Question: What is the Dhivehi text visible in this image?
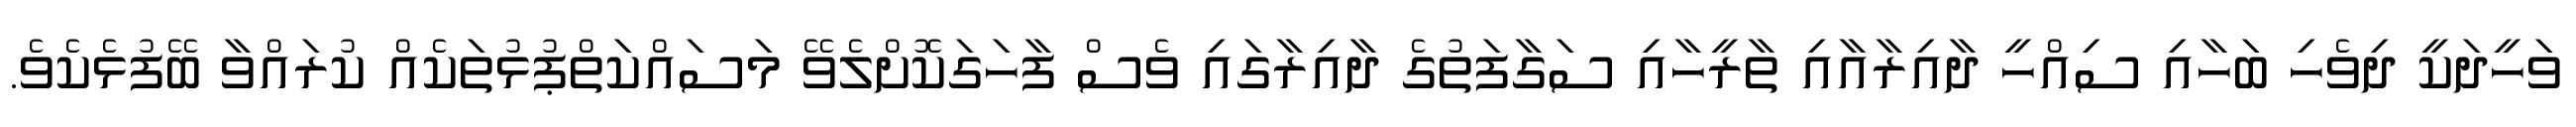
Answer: ވަހީދަކީ ދިވެހި ބަހާއި ސިއްހީ ދާއިރާއާއި ތާރީހާއި ސަގާފަތުގެ ދާއިރާގައި ވެސް ފާހަގަކޮށްލެވޭ މަސައްކަތްޕުޅުތަކެއް ކުރައްވާ ބޭފުޅެކެވެ.